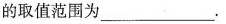
的取值范围为___.